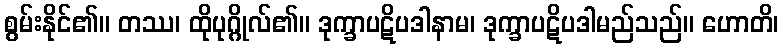
စွမ်းနိုင်၏။ တဿ၊ ထိုပုဂ္ဂိုလ်၏။ ဒုက္ခာပဋိပဒါနာမ၊ ဒုက္ခာပဋိပဒါမည်သည်။ ဟောတိ၊